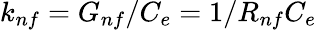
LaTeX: k_{nf}=G_{nf}/C_{e}=1/R_{nf}C_{e}